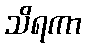
သိရကာ